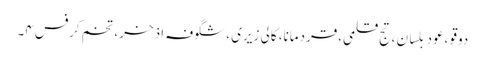
دوقو ،عود بلسان ،تج قلمی،قردمانا، کالی زیری ، شگوفہ اذخر، تخم کرفس ۴۔